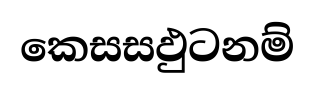
කෙසසඵුටනම්